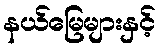
နယ်မြေများနှင့်